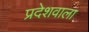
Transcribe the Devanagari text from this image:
प्रदेशवाला